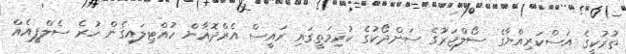
ތުރުކީގެ އަސްކަރިއްޔާގެ ސޯލްޖަރުގެ ސަންދޯކުގެ ކުރިމަތީގައި ރައީސް އެރްދޮޣާން ހުއްޓިލައިގެން ހުރެ ސެލްފީއެއް